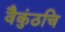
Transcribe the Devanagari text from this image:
वैकुंठचि